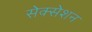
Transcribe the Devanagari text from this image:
सेक्सेशन